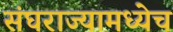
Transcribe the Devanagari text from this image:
संघराज्यामध्येच